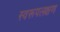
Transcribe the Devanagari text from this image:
स्वरूपलक्षण